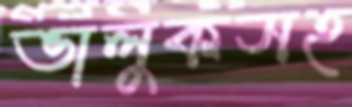
ভালুকসহ